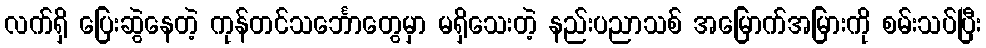
လက်ရှိ ပြေးဆွဲနေတဲ့ ကုန်တင်သင်္ဘောတွေမှာ မရှိသေးတဲ့ နည်းပညာသစ် အမြောက်အမြားကို စမ်းသပ်ပြီး